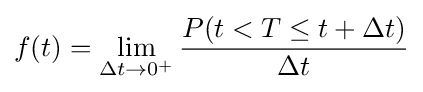
f(t)=\lim _{\Delta t\to 0^{+}}{\frac {P(t<T\leq t+\Delta t)}{\Delta t}}